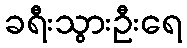
ခရီးသွားဦးရေ